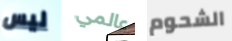
ليس عالمي الشحوم